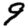
Digit: 9